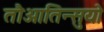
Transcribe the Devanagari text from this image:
तौआतिन्सुयो